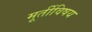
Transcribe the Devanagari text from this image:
मूर्तीविषय